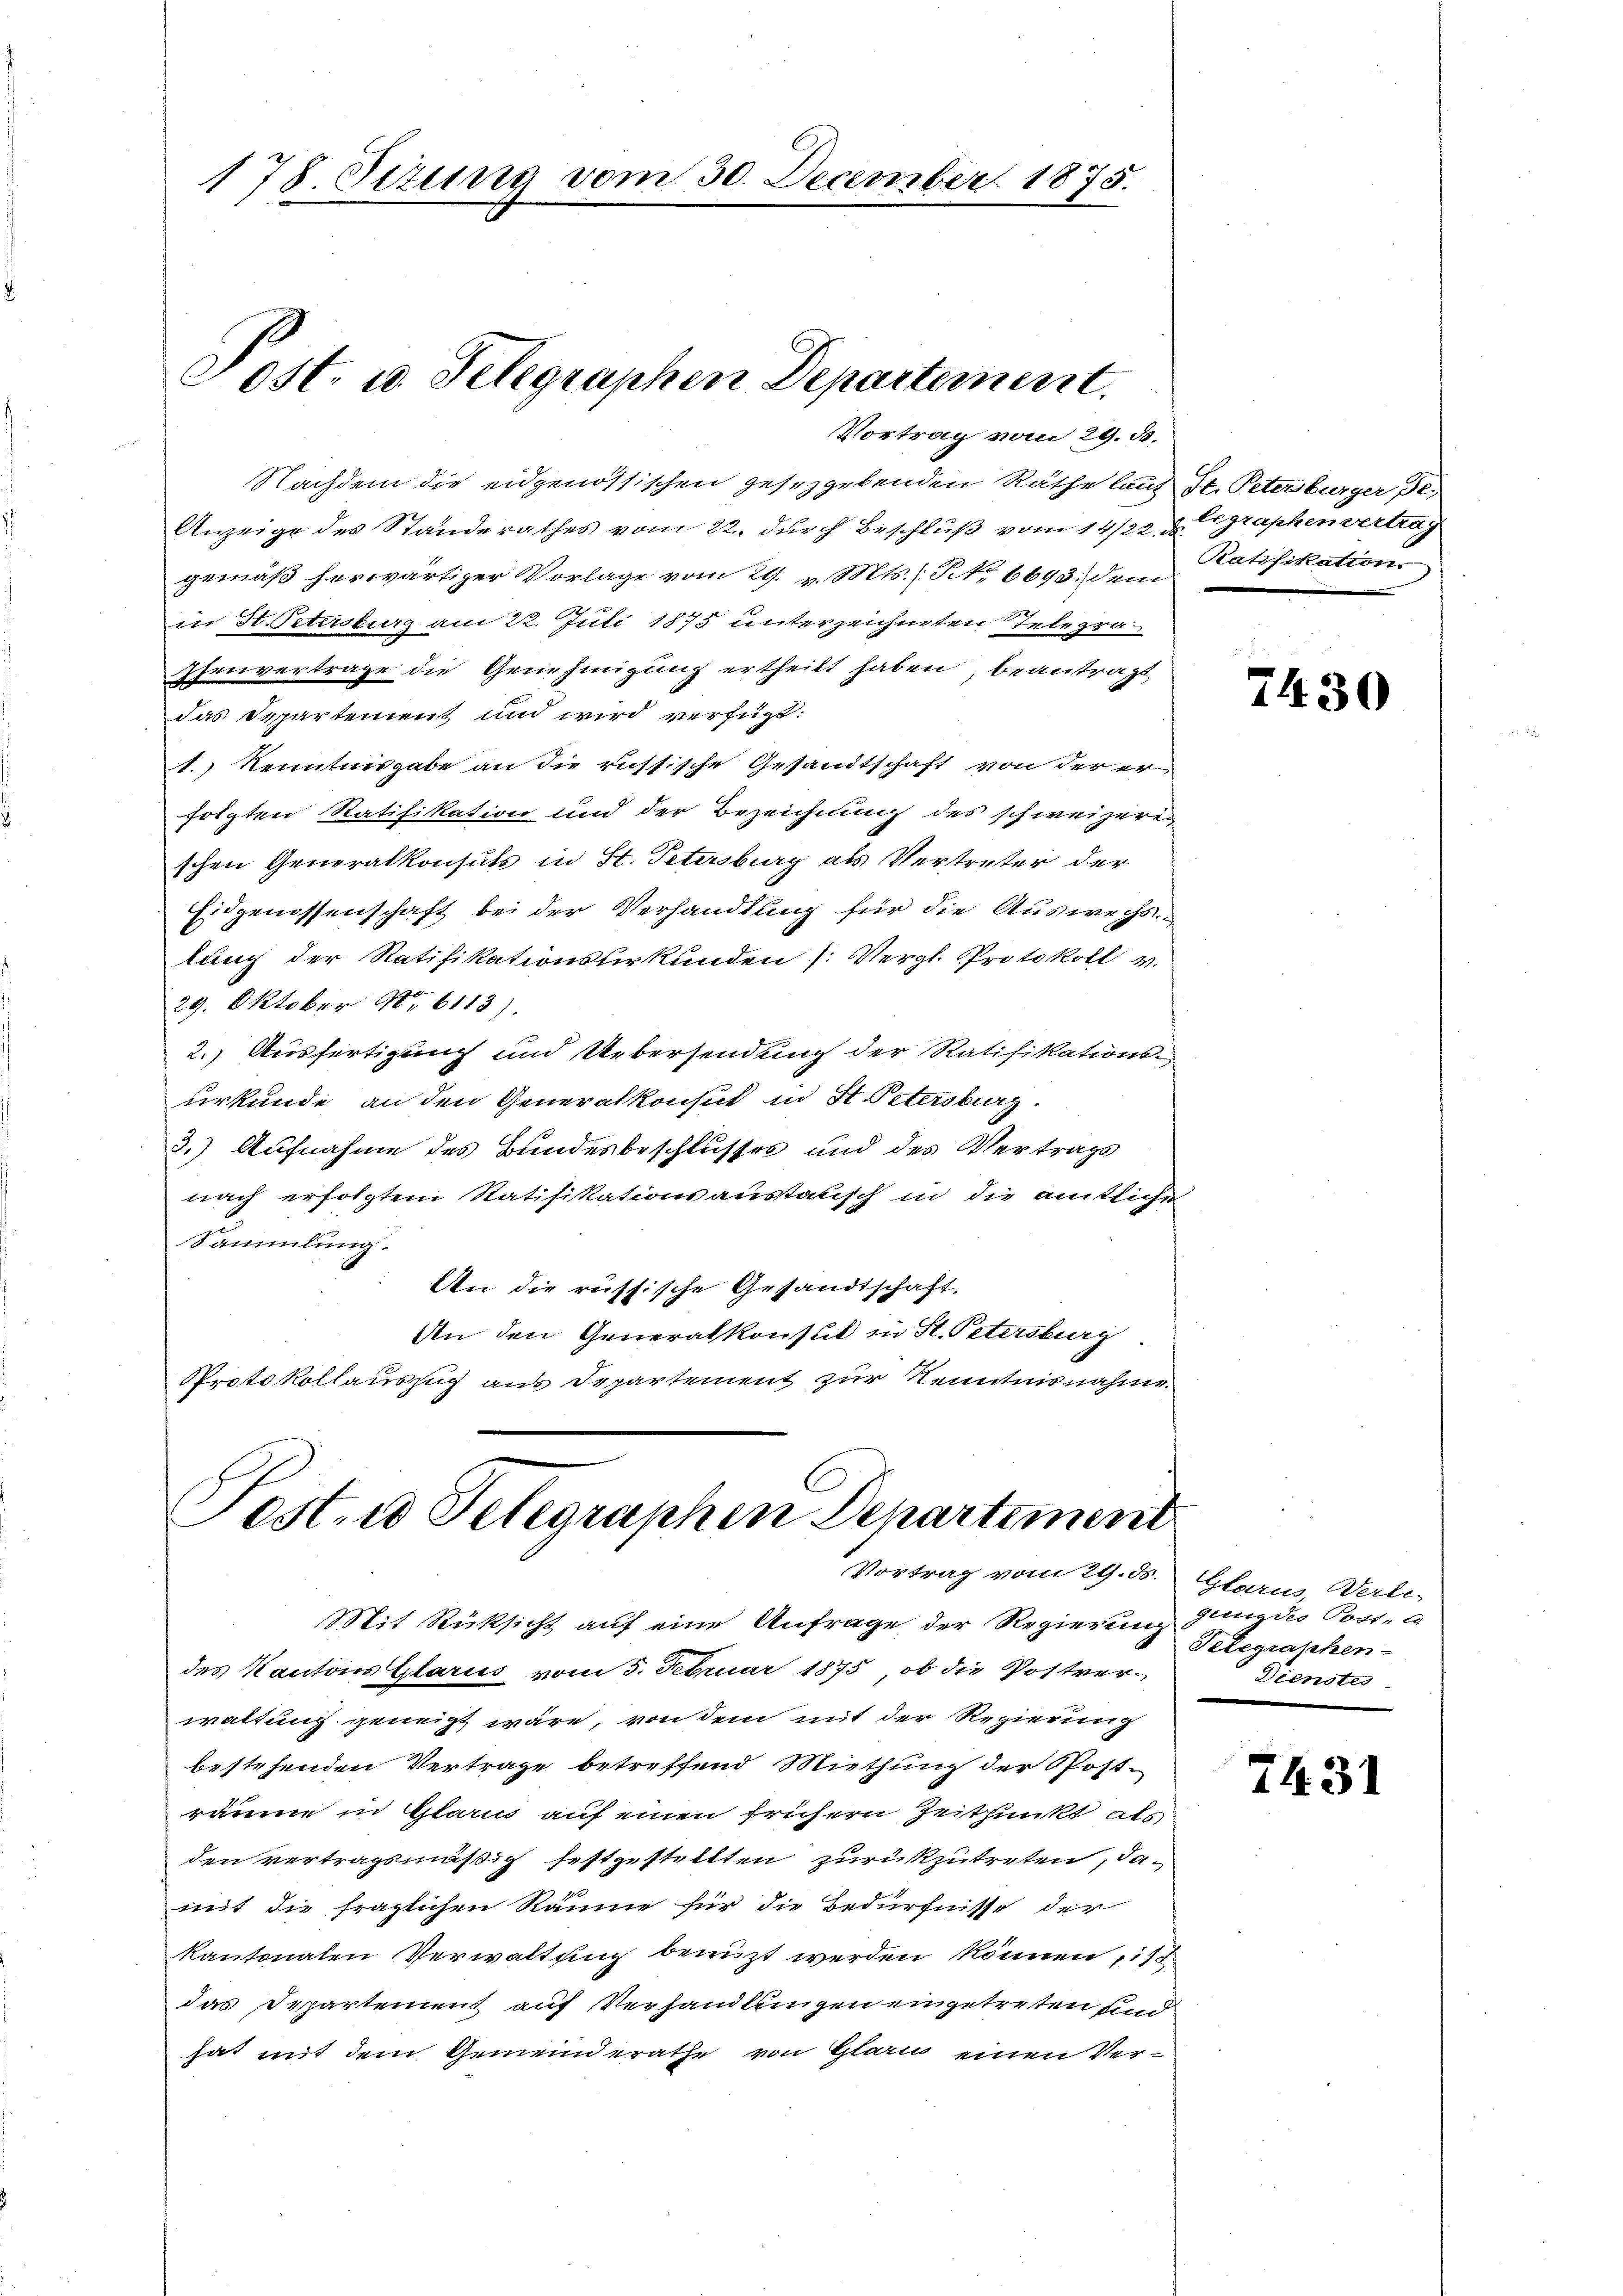
178. Sitzung vom 30. December 1875.

Post. u. Telegraphen Departement.

Vortrag vom 29. d.
Nachdem die eidgenössischen gesetzgebenden Räthe laut St. Petersburger de
Anzeige des Standerathes vom 22. durch Beschluß vom 14/22. d. legraphenvertrag
gemäß herwärtiger Vorlage vom 29. v. Mts. S. 6693. dem
in H. Petersburg am 22. Juli 1875 unterzeichneten Telegra¬
Ehenvertrage die Genehmigung ertheilt haben, beantragt
das Departement und wird verfügt:
1.) Kenntnisgabe an die russische Gesandtschaft von der erfolgten Ratifikation und der Bezeichnung des schweizer-
schen Generalkonsuls in St. Petersburg als Vertreter der
Eidgenossenschaft bei der Verhandlung für die Auswechs.
lung der Ratifikationsberkunden (Vergl. Protokoll v.
29. Oktober No 6113).
2.) Ausfertigung und Uebersendung der Ratifikationsurkunde an den Generalkonsul in St. Petersburg.
3.) Aufnahme des Bundesbeschlusses und des Vertrags
nach erfolgtem Ratifikationsaustausch in die amtliche
Sammlung.
An die russische Gesandtschaft.
An den Generalkonsul in St. Petersburg
Protokollauszug aus Departement zur Kenntnisnahme

Tosten Telegraphen Departement
Vortrag vom 29. ds. Glarus, Verle-

Mit Rücksicht auf eine Anfrage der Regierung gung des Posten
des Kantons Glarus vom 5. Februar 1875, ob die Postverwaltung geneigt wäre, von dem mit der Regierung
bestehenden Vertrage betreffend Miethung der Post-
räume in Glarus auf einen frühern Zeitpunkt als
den vertragsmäßig festgestellten zurückzutreten, damit die fraglichen Räume für die Bedürfnisse der
kantonalen Verwaltung benuzt werden können, 11
das Departement auf Verhandlungen eingetreten und
hat mit dem Gemeinderathe von Glarus einen Ver¬

Ratifikation

7430

Telegraphen-
Dienstes

7431